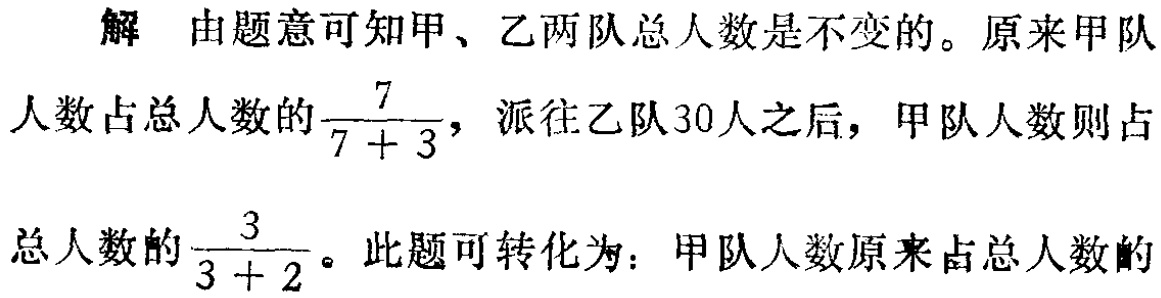
解 由题意可知甲、乙两队总人数是不变的。原来甲队
人数占总人数的$\frac{7}{7 + 3}$，派往乙队30人之后，甲队人数则占
总人数的$\frac{3}{3 + 2}$。此题可转化为：甲队人数原来占总人数的